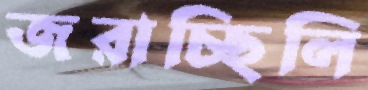
জরাচ্ছিলি